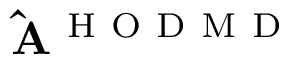
\mathbf { \hat { A } } ^ { \mathrm { ~ H ~ O ~ D ~ M ~ D ~ } }